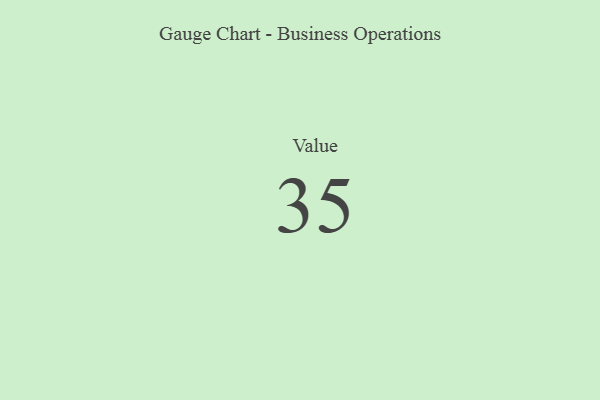
{"axis": {"x": "Metric", "y": "Value"}, "legend": [""], "data": [{"x": "Value", "y": 35, "type": ""}]}